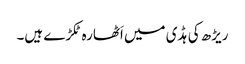
ریڑھ کی ہڈی میں اَٹھارہ ٹکڑے ہیں۔